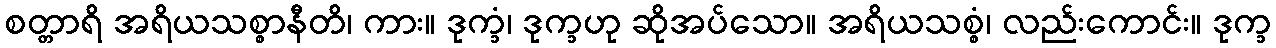
စတ္တာရိ အရိယသစ္စာနီတိ၊ ကား။ ဒုက္ခံ၊ ဒုက္ခဟု ဆိုအပ်သော။ အရိယသစ္စံ၊ လည်းကောင်း။ ဒုက္ခ